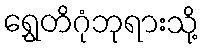
ရွှေတိဂုံဘုရားသို့